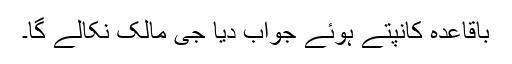
باقاعدہ کانپتے ہوئے جواب دیا جی مالک نکالے گا۔